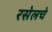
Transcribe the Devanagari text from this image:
रसेलचे